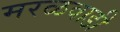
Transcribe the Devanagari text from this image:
मरळवाडी